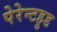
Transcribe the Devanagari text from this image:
पेरेन्टहुड